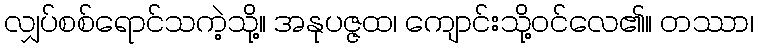
လျှပ်စစ်ရောင်သကဲ့သို့။ အနုပဇ္ဇထ၊ ကျောင်းသို့ဝင်လေ၏။ တဿာ၊